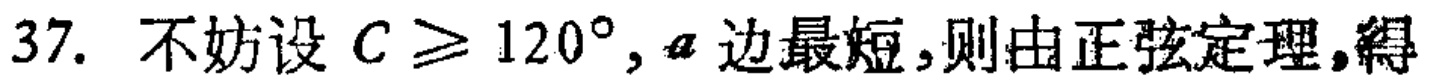
37. 不妨设 \(C\geqslant 120^{\circ},a\) 边最短,则由正弦定理,得